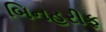
બિનહરીફ